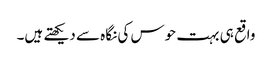
واقع ہی بہت حوس کی نگاہ سے دیکھتے ہیں۔